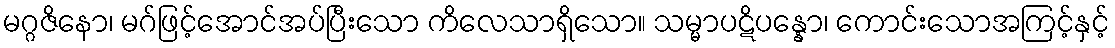
မဂ္ဂဇိနော၊ မဂ်ဖြင့်အောင်အပ်ပြီးသော ကိလေသာရှိသော။ သမ္မာပဋိပန္နော၊ ကောင်းသောအကြင့်နှင့်